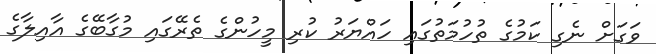
ވަގަށް ނެގި ކަމުގެ ތުހުމަތުގައި ހައްޔަރު ކުރި މީހުންގެ ތެރޭގައި މުގާބޭގެ އާއިލާގެ